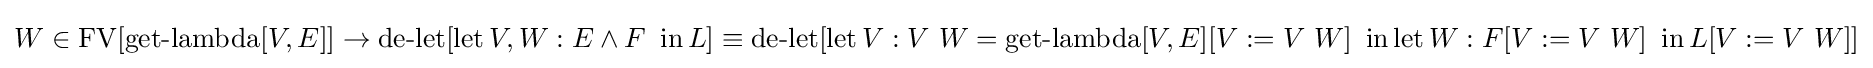
W\in \operatorname {FV} [\operatorname {get-lambda} [V,E]]\to \operatorname {de-let} [\operatorname {let} V,W:E\land F\ \operatorname {in} L]\equiv \operatorname {de-let} [\operatorname {let} V:V\ W=\operatorname {get-lambda} [V,E][V:=V\ W]\ \operatorname {in} \operatorname {let} W:F[V:=V\ W]\ \operatorname {in} L[V:=V\ W]]